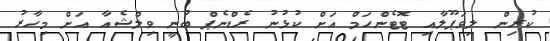
ކުރިން ލިވަޕޫލާއި ޓޮޓެންހަމް އަށް ކުޅުނު ރެޑްނެޕް ބުނީ ވިލްޝެއާ އަށް މިހާރު